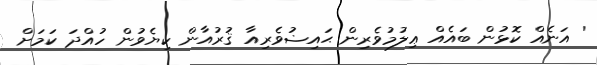
' އަނެއް ކޮޅުން ބައެއް ޢިލުމުވެރިން ޙައިޟުވެރިއާ ޤުރުއާން ކިޔެވުން ހުއްދަ ކަމަށް